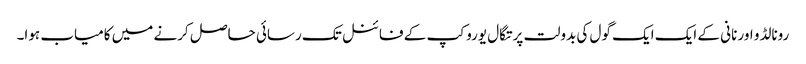
رونالڈو اور نانی کے ایک ایک گول کی بدولت پرتگال یورو کپ کے فائنل تک رسائی حاصل کرنے میں کامیاب ہوا۔